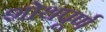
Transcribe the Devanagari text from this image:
शोथपूर्ण